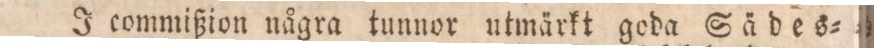
J commißion några tunnor utmärkt goda Sädes=